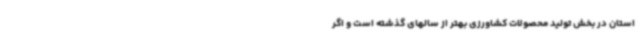
استان در بخش تولید محصولات کشاورزی بهتر از سالهای گذشته است و اگر